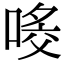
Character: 𠸀